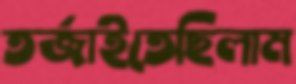
তর্জাইতেছিলাম